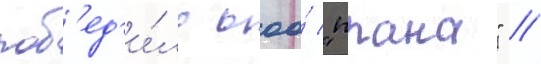
поб'ед'и́ло ооо́ "прана" /